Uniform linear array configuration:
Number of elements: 24
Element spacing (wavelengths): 0.75
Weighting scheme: binomial
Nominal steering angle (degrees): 0
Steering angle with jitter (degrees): -1.912
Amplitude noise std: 0.05
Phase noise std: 0.05

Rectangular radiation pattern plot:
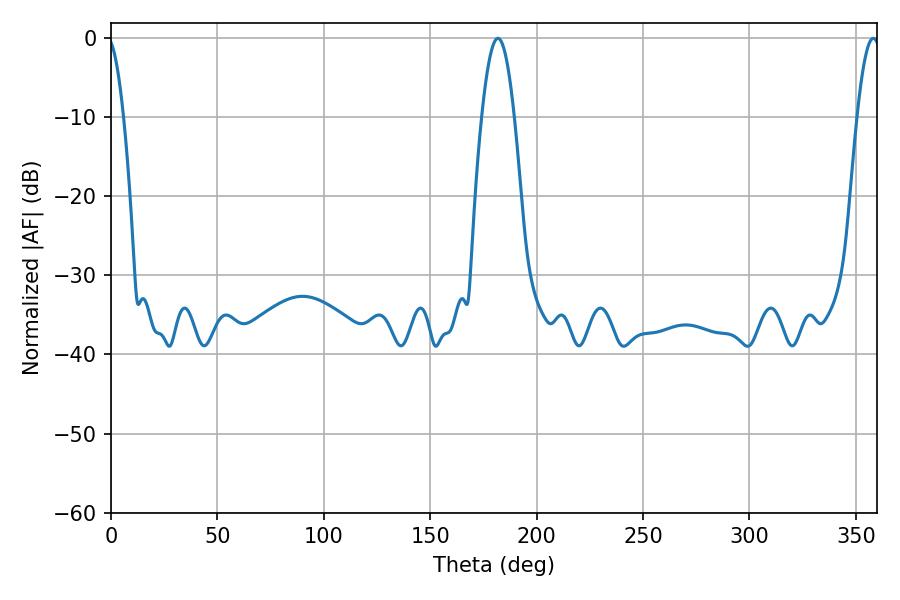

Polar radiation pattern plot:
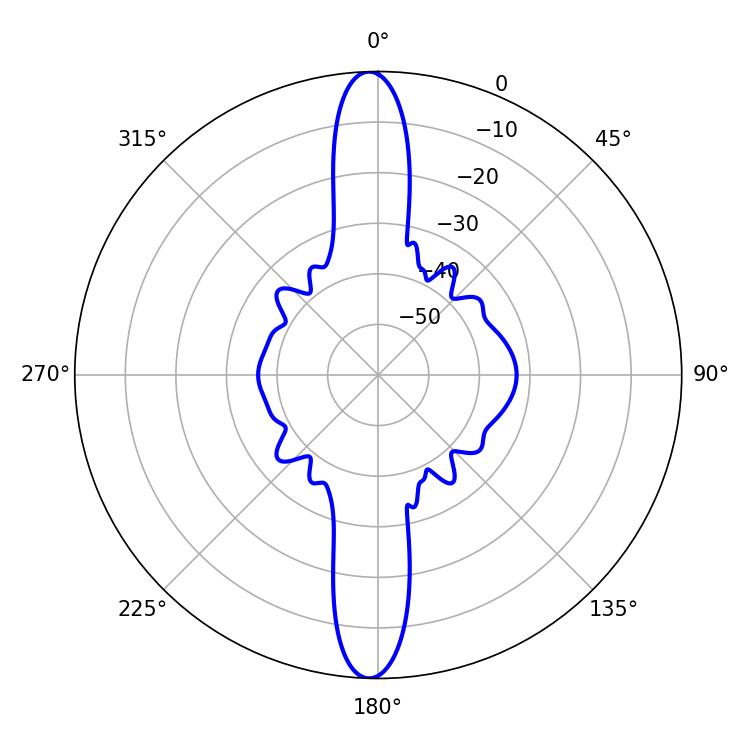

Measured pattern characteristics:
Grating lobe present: TRUE
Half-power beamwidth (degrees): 8.28
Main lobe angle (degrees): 181.8